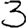
Digit: 3